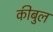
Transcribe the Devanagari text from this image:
कीबुल